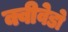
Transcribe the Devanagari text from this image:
क्वीवेडो